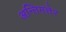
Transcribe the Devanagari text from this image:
अन्तिमत्तेर